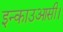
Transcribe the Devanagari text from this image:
इन्काउआसी।